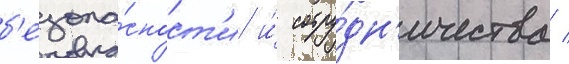
б'езопа́сност'и и́ сотру́дн'ичества /